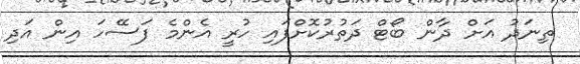
ތިނަދު އަށް ދާން ބޯޓް ދަތުރުކޮށްފައި ހުރީ އެންމެ ފަސޭހަ އިން އަދި